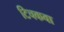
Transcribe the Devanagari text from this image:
टिचकवा